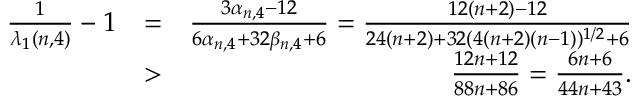
\begin{array} { r l r } { \frac { 1 } { \lambda _ { 1 } ( n , 4 ) } - 1 } & { = } & { \frac { 3 \alpha _ { n , 4 } - 1 2 } { 6 \alpha _ { n , 4 } + 3 2 \beta _ { n , 4 } + 6 } = \frac { 1 2 ( n + 2 ) - 1 2 } { 2 4 ( n + 2 ) + 3 2 ( 4 ( n + 2 ) ( n - 1 ) ) ^ { 1 / 2 } + 6 } } \\ & { > } & { \frac { 1 2 n + 1 2 } { 8 8 n + 8 6 } = \frac { 6 n + 6 } { 4 4 n + 4 3 } . } \end{array}